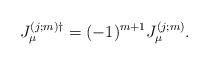
LaTeX: \begin{align*}J_{\mu}^{(j;m) \dag}=(-1)^{m+1}J_{\mu}^{(j;m)}. \end{align*}